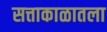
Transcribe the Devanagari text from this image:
सत्ताकाळातला